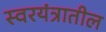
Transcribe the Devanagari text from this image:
स्वरयंत्रातील